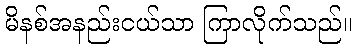
မိနစ်အနည်းငယ်သာ ကြာလိုက်သည်။